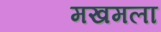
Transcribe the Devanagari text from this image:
मखमला